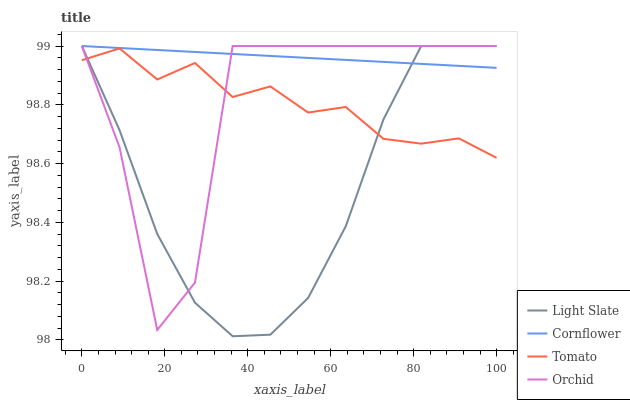
| xaxis_label | Light Slate | Cornflower | Tomato | Orchid |
 | --- | --- | --- | --- | --- |
 | 0 | 99 | 99 | 99 | 99 |
 | 9.09 | 98.7 | 99 | 99 | 98.7 |
 | 18.2 | 98.4 | 99 | 98.9 | 98 |
 | 27.3 | 98.1 | 99 | 98.9 | 98.2 |
 | 36.4 | 98 | 99 | 98.8 | 99 |
 | 45.5 | 98 | 99 | 98.9 | 99 |
 | 54.5 | 98.1 | 99 | 98.8 | 99 |
 | 63.6 | 98.4 | 99 | 98.8 | 99 |
 | 72.7 | 98.8 | 98.9 | 98.7 | 99 |
 | 81.8 | 99 | 98.9 | 98.7 | 99 |
 | 90.9 | 99 | 98.9 | 98.7 | 99 |
 | 100 | 99 | 98.9 | 98.6 | 99 |